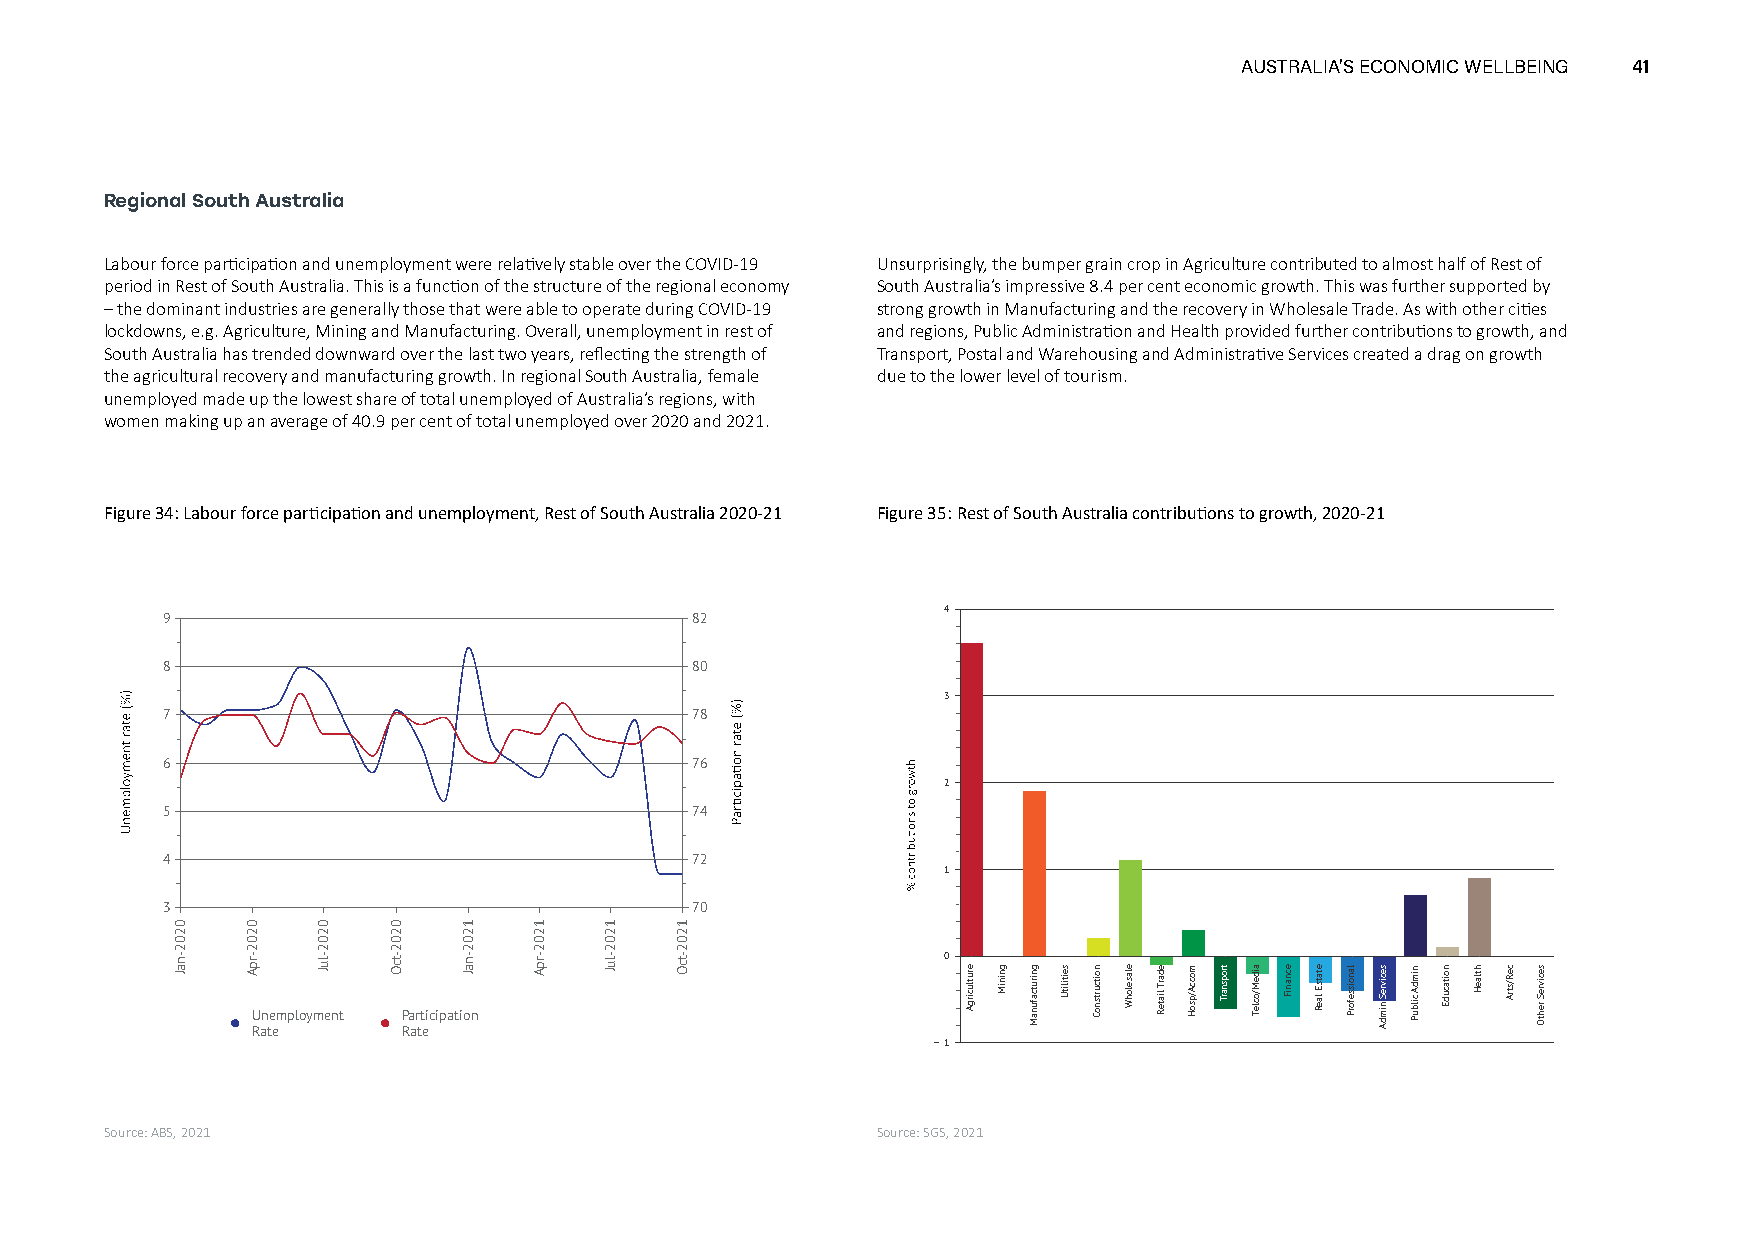
AUSTRALIA’S ECONOMIC WELLBEING 41
 Regional South Australia
 Labour force participation and unemployment were relatively stable over the COVID-19 Unsurprisingly, the bumper grain crop in Agriculture contributed to almost half of Rest of
 period in Rest of South Australia. This is a function of the structure of the regional economy South Australia’s impressive 8.4 per cent economic growth. This was further supported by
 –the dominant industries are generally those that were able to operate during COVID-19 strong growth in Manufacturing and the recovery in Wholesale Trade. As with other cities
 lockdowns, e.g. Agriculture, Mining and Manufacturing. Overall, unemployment in rest of and regions, Public Administration and Health provided further contributions to growth, and
 South Australia has trended downward over the last two years, reflecting the strength of Transport, Postal and Warehousing and Administrative Services created a drag on growth
 the agricultural recovery and manufacturing growth. In regional South Australia, female due to the lower level of tourism.
 unemployed made up the lowest share of total unemployed of Australia’s regions, with
 women making up an average of 40.9 per cent of total unemployed over 2020 and 2021.
 Figure 34: Labour force participation and unemployment, Rest of South Australia 2020-21 Figure 35: Rest of South Australia contributions to growth, 2020-21
 4
 9                                  82
 8                                  80
 3
 7                                  78
 6                                  76
 2
 5                                  74
 4                                  72
 1
 3                                  70
 0
 Unemployment Participation
 Rate      Rate
 1
 Source: ABS, 2021                                  Source: SGS, 2021
 0202-naJ 0202-rpA 0202-luJ 0202-tcO 1202-naJ 1202-rpA 1202-luJ 1202-tcO
 erutlucirgA gniniM gnirutcafunaM seitilitU noitcurtsnoC elaselohW edarT
 liateR
 moccA/psoH tropsnarT aideM/ocleT ecnaniF etatsE
 laeR
 lanoisseforP secivreS
 nimdA
 nimdA
 cilbuP
 noitacudE htlaeH ceR/strA secivreS
 rehtO